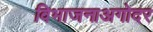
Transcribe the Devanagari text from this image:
विभाजनाअगोदर